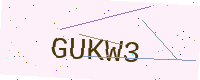
Text: GUKW3